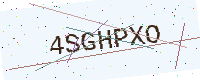
Text: 4SGHPXO